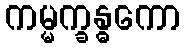
ကမ္မက္ခန္ဓကော